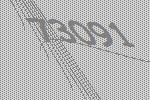
73091